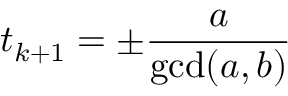
t _ { k + 1 } = \pm { \frac { a } { \operatorname* { g c d } ( a , b ) } }